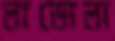
লাডোলা